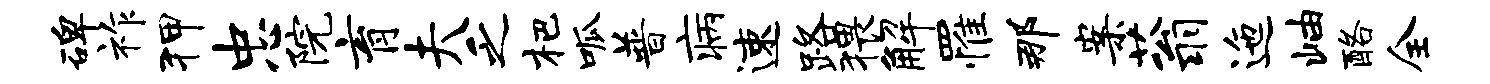
碑祚狎忠院育夫乏杷呱普病速路猥解罹那案蓊迤岫酪全